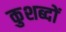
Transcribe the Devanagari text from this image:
कुशब्दों